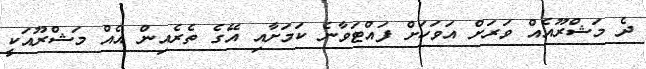
ދެ މަޝްރޫއެއް ވަރަށް އަވަހަށް ފައްޓަވާނެ ކަމަށާއި އޭގެ ތެރެއިން އެއް މަޝްރޫއަކީ